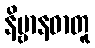
နိဗ္ဗာနဓာတူ